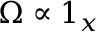
\boldsymbol { \Omega } \propto \boldsymbol { 1 } _ { x }